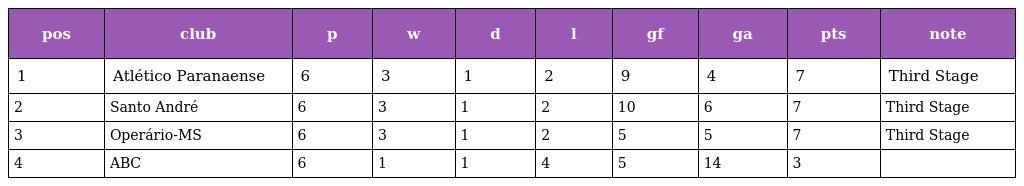
| pos | club | p | w | d | l | gf | ga | pts | note |
 | --- | --- | --- | --- | --- | --- | --- | --- | --- | --- |
 | 1 | Atlético Paranaense | 6 | 3 | 1 | 2 | 9 | 4 | 7 | Third Stage |
 | 2 | Santo André | 6 | 3 | 1 | 2 | 10 | 6 | 7 | Third Stage |
 | 3 | Operário-MS | 6 | 3 | 1 | 2 | 5 | 5 | 7 | Third Stage |
 | 4 | ABC | 6 | 1 | 1 | 4 | 5 | 14 | 3 |  |